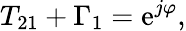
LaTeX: T_{21}+\Gamma_{1}=\mathrm{e}^{j\varphi},